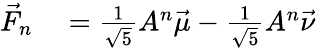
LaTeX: \begin{array}{rl}{{\vec{F}}_{n}}&{{}={\frac{1}{\sqrt{5}}}A^{n}{\vec{\mu}}-{\frac{1}{\sqrt{5}}}A^{n}{\vec{\nu}}}\end{array}